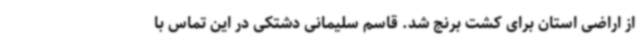
از اراضی استان برای کشت برنج شد. قاسم سلیمانی دشتکی در این تماس با